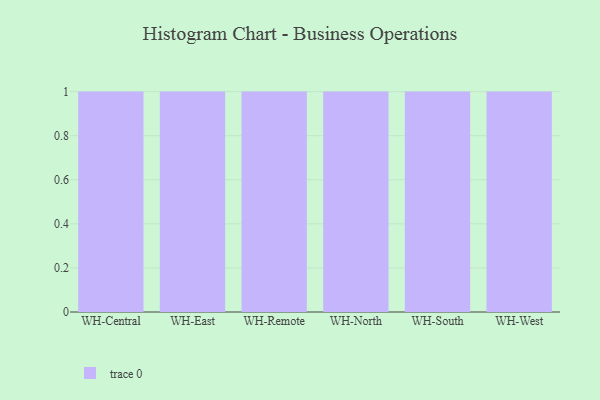
{"axis": {"x": "Warehouse", "y": "Conversion Rate (%)"}, "legend": [""], "data": [{"x": "WH-Central", "y": 49, "type": ""}, {"x": "WH-East", "y": 23, "type": ""}, {"x": "WH-Remote", "y": 97, "type": ""}, {"x": "WH-North", "y": 2, "type": ""}, {"x": "WH-South", "y": 17, "type": ""}, {"x": "WH-West", "y": 67, "type": ""}]}